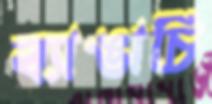
ব্যাঙাচি